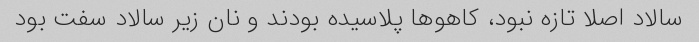
سالاد اصلا تازه نبود، کاهو‌ها پلاسیده بودند و نان زیر سالاد سفت بود